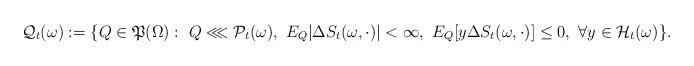
LaTeX: \begin{align*}\mathcal{Q}_t(\omega):=\{Q\in\mathfrak{P}(\Omega):\ Q \lll\mathcal{P}_t(\omega),\ E_Q|\Delta S_t(\omega,\cdot)|<\infty,\ E_Q[y\Delta S_t(\omega,\cdot)]\leq 0,\ \forall y\in\mathcal{H}_t(\omega)\}.\end{align*}